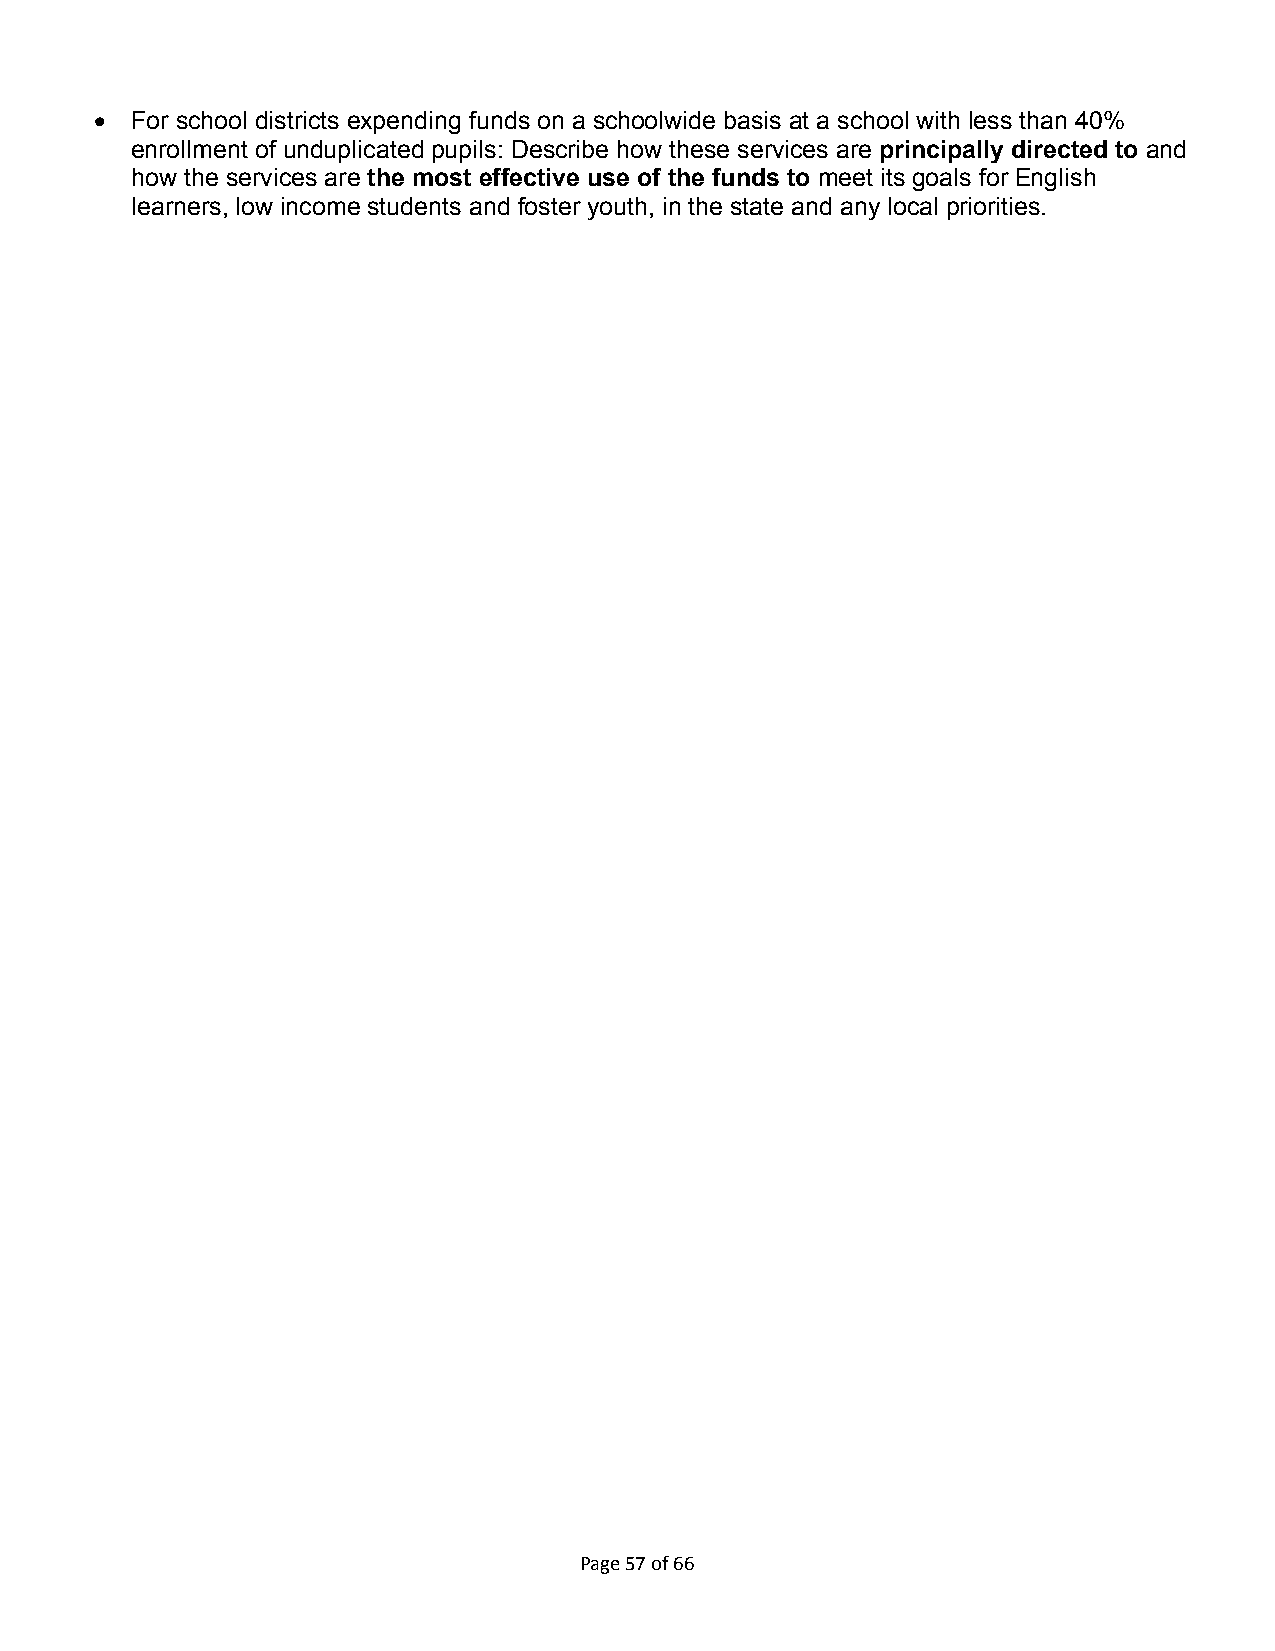
  For school districts expending funds on a schoolwide basis at a school with less than 40%
 enrollment of unduplicated pupils: Describe how these services are principally directed to and
 how the services are the most effective use of the funds to meet its goals for English
 learners, low income students and foster youth, in the state and any local priorities.
 Page 57 of 66